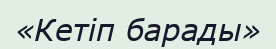
«Кетіп барады»